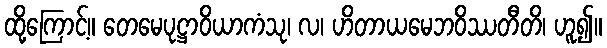
ထို့ကြောင့်။ တေမေပုဋ္ဌာဝိယာကံသု၊ လ၊ ဟိတာယမေဘဝိဿတီတိ၊ ဟူ၍။